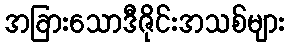
အခြားသောဒီဇိုင်းအသစ်များ